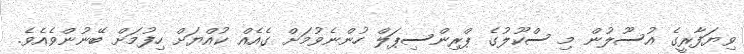
ވިޔަފާރީގެ އުސޫލުން މި ސްކޫލުގެ ޕްރިންސިޕަލް ހުންނެވުމަށް ގެއެއް ކުއްޔަށް ހިފުމަށް ބޭނުންވެއެެވެ.